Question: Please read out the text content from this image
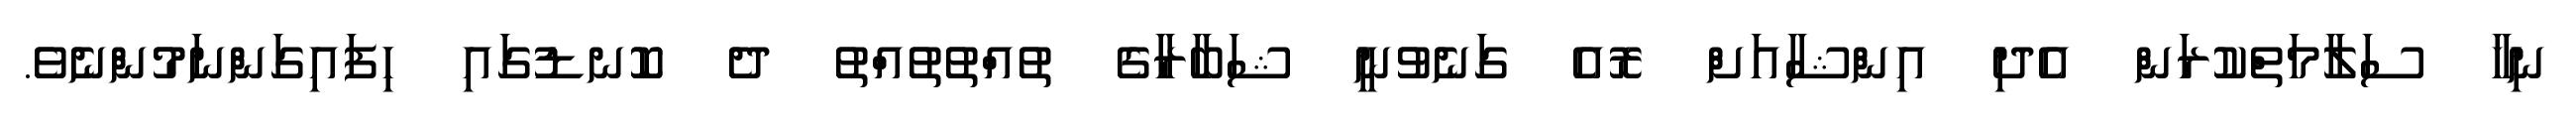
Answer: ނިހާ ސަލާމަތްކުރަން އެދި އިންޝާއަށް ރޮއެ ގަނެވުނީ ޝަބާރާގެ ތުއްތުތުއްތު ދެ ކޮނޑުގައި ހިފައިގަންނަމުންނެވެ.